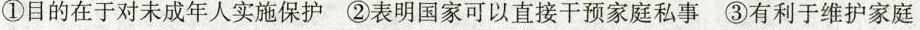
①目的在于对未成年人实施保护②表明国家可以直接干预家庭私事③有利于维护家庭